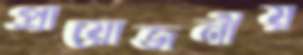
প্রায়োজনীয়